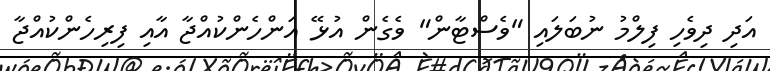
އަދި ދިވެހި ފިލްމު ނުބަލައި "ވެސްޓާން" ވެގެން އުޅޭ އަންހެންކުއްޖާ އާއި ފިރިހެންކުއްޖާ